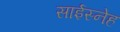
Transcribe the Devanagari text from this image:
साईस्नेह